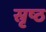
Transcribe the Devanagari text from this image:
स्रृष्ठ